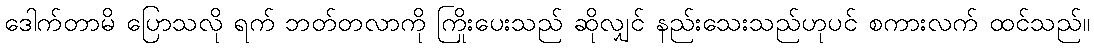
ဒေါက်တာမိ ပြောသလို ရက် ဘတ်တလာကို ကြိုးပေးသည် ဆိုလျှင် နည်းသေးသည်ဟုပင် စကားလက် ထင်သည်။